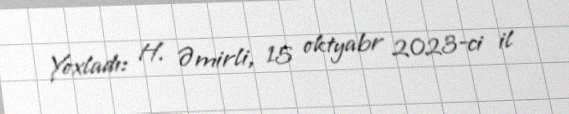
Yoxladı: H. Əmirli, 15 oktyabr 2023-ci il